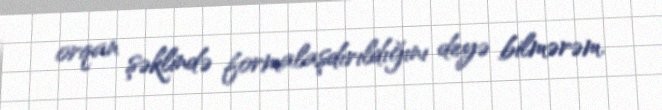
orqan şəklində formalaşdırıldığını deyə bilmərəm.